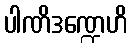
ပါဏိဒဏ္ဍေဟိ